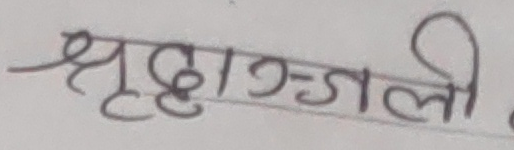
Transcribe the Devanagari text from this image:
श्रद्धाञ्जली